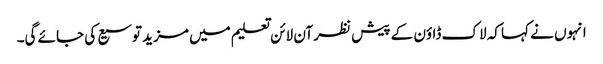
انہوں نے کہا کہ لاک ڈاؤن کے پیش نظر آن لائن تعلیم میں مزید توسیع کی جائے گی۔